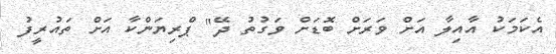
އެކަމަކު އާއިލާ އަށް ވަރަށް ބޮޑަށް ވަގުތު ދޭ" ޕްރިޔަންކާ އަށް ތައުރީފު